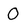
Character: O